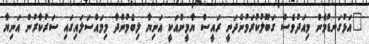
"އަޅުގަނޑުމެން މިއަދުވެސް ގަބޫލުކުރަމުންދަނީ ރައީސް ޔާމީންއަކީ އަނިޔާ ލިބެމުންދާ މިމައްސަލައިގައި ސަރުކާރުން އަނިޔާ